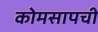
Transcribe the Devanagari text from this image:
कोमसापची